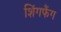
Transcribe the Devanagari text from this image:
शिंगफैंग